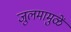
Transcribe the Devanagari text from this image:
जुलमामुळें